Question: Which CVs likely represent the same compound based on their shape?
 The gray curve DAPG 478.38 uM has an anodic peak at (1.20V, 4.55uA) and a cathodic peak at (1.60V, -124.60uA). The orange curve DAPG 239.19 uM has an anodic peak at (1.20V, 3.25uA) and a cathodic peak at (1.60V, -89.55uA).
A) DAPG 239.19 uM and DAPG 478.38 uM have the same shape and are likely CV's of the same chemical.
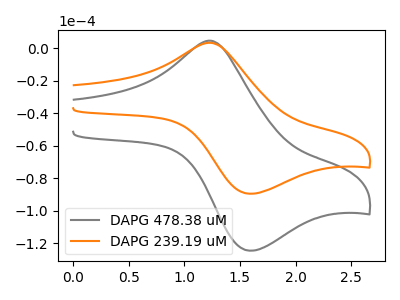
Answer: <think>All the peaks in "DAPG 478.38 uM" have a peak in "DAPG 239.19 uM" at the same potential. Every peak in "DAPG 478.38 uM" is higher than every peak in "DAPG 239.19 uM".
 </think>
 <answer>A) "DAPG 239.19 uM" and "DAPG 478.38 uM" have the same shape and are likely CV's of the same chemical.</answer>
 <eval>A</eval>